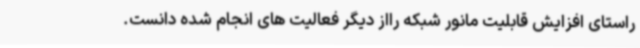
راستای افزایش قابلیت مانور شبکه رااز دیگر فعالیت های انجام شده دانست.